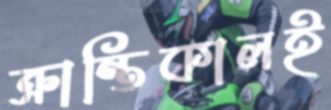
ক্রান্তিকালই